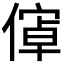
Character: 𬿝